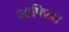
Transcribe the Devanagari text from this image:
आफिला